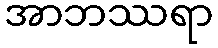
အာဘဿရာ